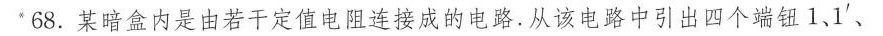
68.某暗盒内是由若干定值电阻连接成的电路。从该电路中引出四个端钮1、1^{'}、